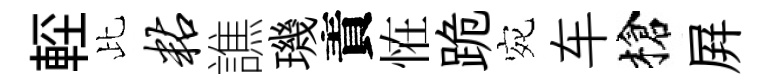
䡖比粘譙璣責恠跪宛车槍屛